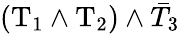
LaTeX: \left(\mathrm{T_{1}}\land\mathrm{T_{2}}\right)\land\bar{T}_{3}